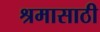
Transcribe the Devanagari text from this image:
श्रमासाठी